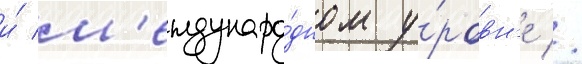
и́ м'еждунаро́дном у́ровн'е //